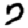
Digit: 7